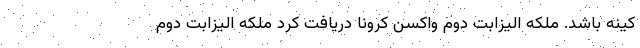
کینه باشد. ملکه الیزابت دوم واکسن کرونا دریافت کرد ملکه الیزابت دوم